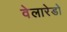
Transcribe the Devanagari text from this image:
वेलारेडो